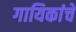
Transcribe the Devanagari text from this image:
गायिकांचे